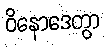
ဝိနောဒေတွာ